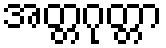
အတ္တဂုတ္တာ